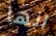
انها